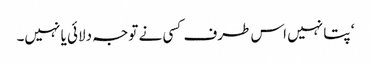
‘ پتا نہیں اس طرف کسی نے توجہ دلائی یا نہیں۔